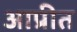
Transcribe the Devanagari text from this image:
आप्रीत